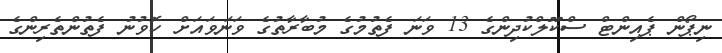
ނިޕޯން ޕެއިންޓް ސްކޫލްކުދިންގެ 13 ވަނަ ފެތުމުގެ މުބާރާތުގެ ވަނަވައަށް ހޮވުނު ފެތުންތެރިންގެ